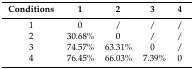
<table><thead><tr><td><b>Conditions</b></td><td><b>1</b></td><td><b>2</b></td><td><b>3</b></td><td><b>4</b></td></tr></thead><tbody><tr><td>1</td><td>0</td><td>/</td><td>/</td><td>/</td></tr><tr><td>2</td><td>30.68%</td><td>0</td><td>/</td><td>/</td></tr><tr><td>3</td><td>74.57%</td><td>63.31%</td><td>0</td><td>/</td></tr><tr><td>4</td><td>76.45%</td><td>66.03%</td><td>7.39%</td><td>0</td></tr></tbody></table>